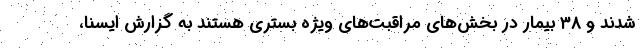
شدند و ۳۸ بیمار در بخش‌های مراقبت‌های ویژه بستری هستند به گزارش ایسنا،